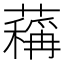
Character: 䕝